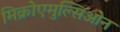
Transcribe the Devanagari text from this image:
मिक्रोएमुल्सिओन